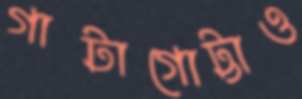
গাটাগোট্টাও